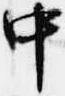
中